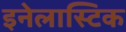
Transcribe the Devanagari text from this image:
इनेलास्टिक